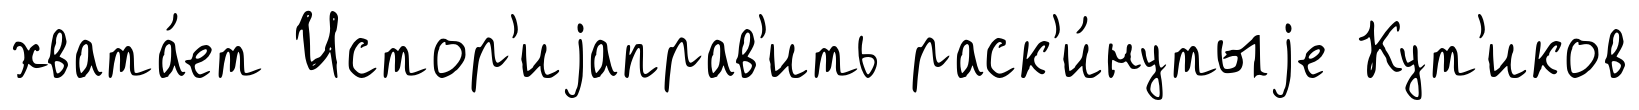
хвата́ет Истор'иjаправ'ить раск'и́нутыjе Кут'иков